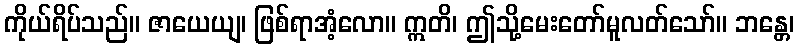
ကိုယ်ရိပ်သည်။ ဇာယေယျ၊ ဖြစ်ရာအံ့လော။ ဣတိ၊ ဤသို့မေးတော်မူလတ်သော်။ ဘန္တေ၊